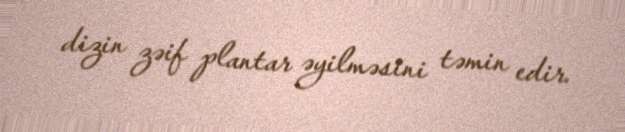
dizin zəif plantar əyilməsini təmin edir.